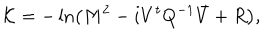
{ \cal K } = - \ln \left( M ^ { 2 } - i V ^ { t } { Q } ^ { - 1 } \bar { V } + R \right) ,